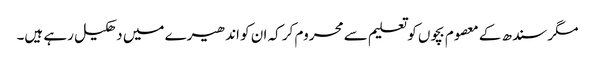
مگر سندھ کے معصوم بچوں کو تعلیم سے محروم کر کہ ان کو اندھیرے میں دھکیل رہے ہیں۔